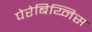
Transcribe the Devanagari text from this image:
पेरेबिय्निस